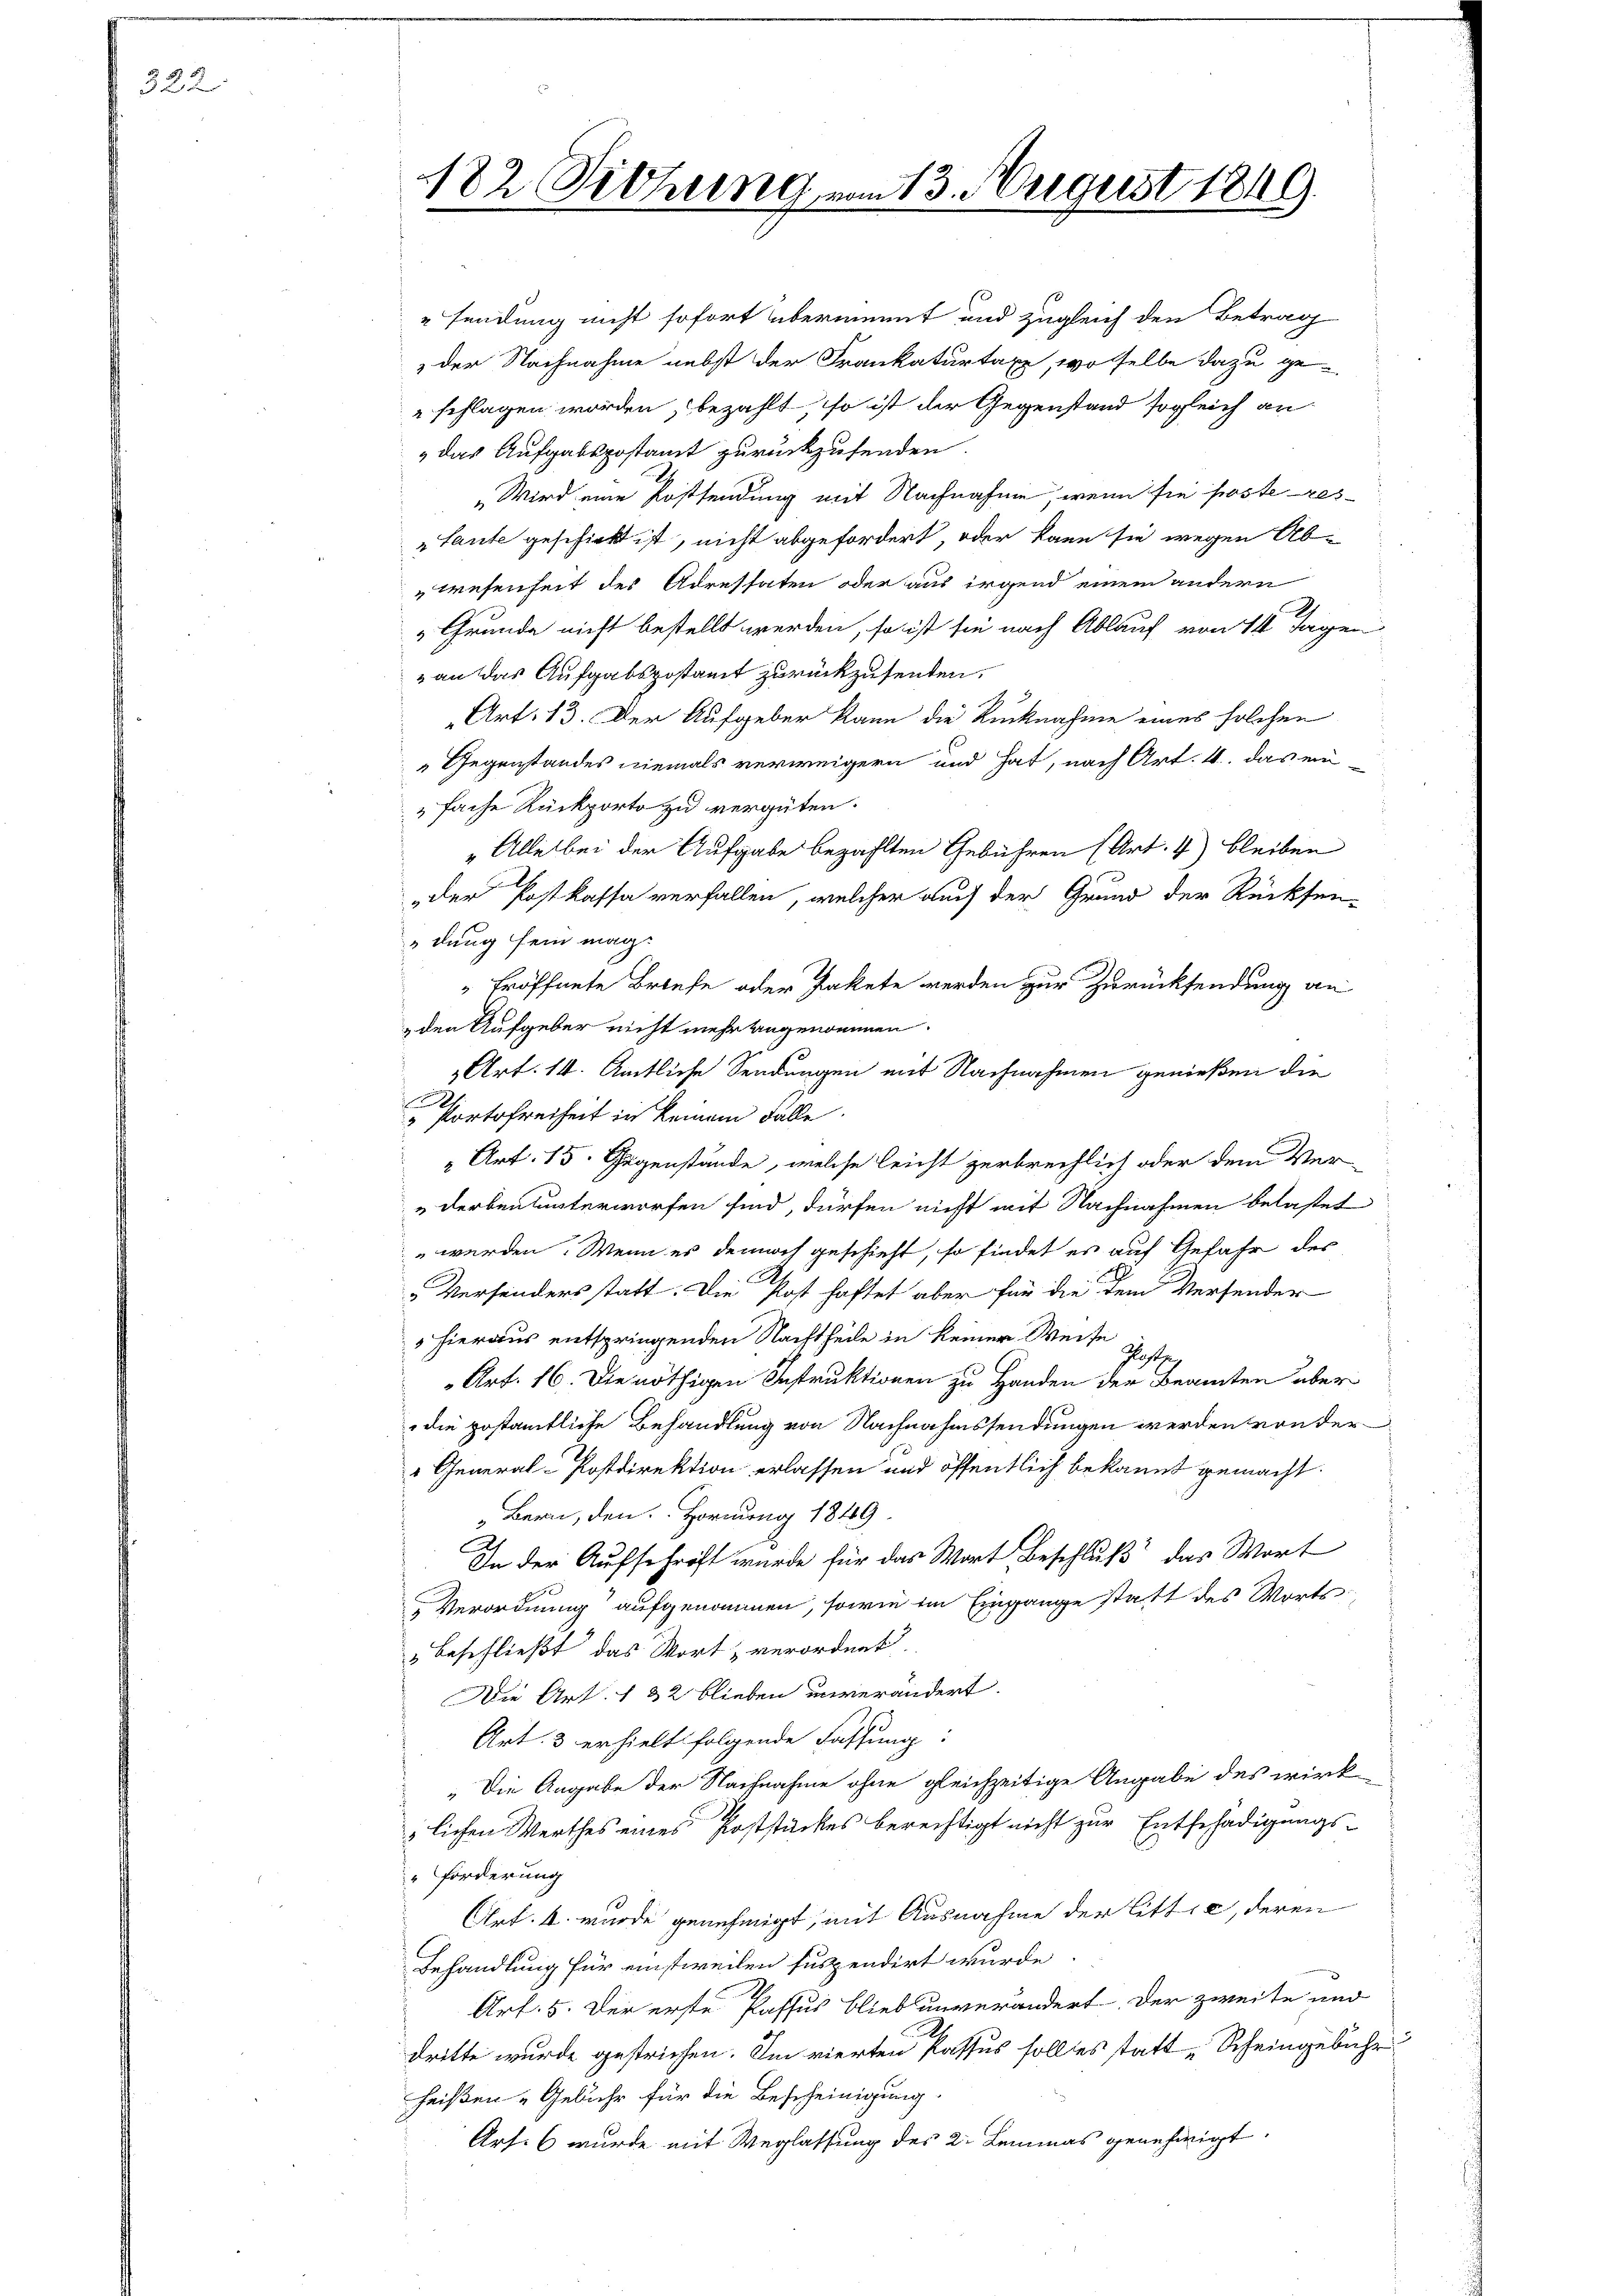
322

182. Diehung von 13. August 1849.

sendung nicht sofort übernannt und zugleich den Betrag
der Nachnahme nebst der Frankaturtaxe, woselbe dazu ge-
schlagen worden, bezahlt, so ist der Gegenstand sogleich an
das Aufgabepostamt zurückzusenden.
„Wird eine Postsendung mit Nachnahme, wenn sie hasteres¬
„Laute geschickt ist, nicht abgefordert, oder kann sie wegen Ab-
wesenheit des Adressaten oder aus irgend einem andern
„Grunde nicht bestellt werden, so ist sie nach Ablauf von 14 Tagen
an das Aufgabspostamt zurückzusenden.
Art. 13. Der Aufgeber kann die Rücknahme eines solchen
„Gegenstandes niemals verweigern und hat, nach Art. 4. das ein
fache Rückporto zu vergüten.
" Alle bei der Aufgabe bezahlten Gebühren (Art. 4) bleiben
„der Postkassa verfallen, welcher auch der Grund der Rücksen-
dung sein mag.
"Eröffnete Briefe oder Pakete werden zur Zurücksendung an
den Aufgeber nicht mehr angenommen.
 Art. 14. Amtliche Sendungen mit Nachnahmen genießen die
.
" Portofreiheit in keinem Falle
" Art. 15. Gegenstände, welche leicht zerbrechlich oder dem Ver-
"derbeutunterworfen sind, dürfen nicht mit Nachnahmen belastet
 werden. Wenn es dennoch geschieht, so findet es auf Gefahr des
„Versenders statt. Die Post haftet aber für die dem Versender
 hieraus entspringenden Nachtheile in keiner Weise
Gluftge
Art. 16. Die nöthigen Instruktionen zu Handen der Beamten über
 die postamtliche Behandlung von Nachnahmssendungen werden von der
" General-Postdirektion erlassen und öffentlich bekannt gemacht.
Bern, den Hornung 1849.
In der Aufschrift wurde für das Wort Beschluß das Wort
Verordnung aufgenommen, sowie im Eingange statt des Worts¬
"Beschließt das Wort verordnet
Die Art. 132 blieben unverändert.
Art. 3 erhielt folgende Fassung:
„Die Angabe der Nachnahme ohne gleichzeitige Angabe des wirk
lichen Werthes eines Poststückes berechtigt nicht zur Entschädigungs¬
Forderung
Art. 4. wurde genehmigt, mit Ausnahme der Litte, deren
Behandlung für einstweilen suspendirt wurde.
Art. 5. Der erste Passus blieb unverändert. Der zweite und
dritte wurde gestrichen. Im vierten Passus solltes statt, Scheingebühr
heißen „Gebühr für die Bescheinigung
Art. 6 wurde mit Weglassung des 2. Lemmas genehmigt.